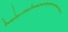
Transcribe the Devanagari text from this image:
ग्यिग्य्र्७ऐइ७५ख्फ्त्७दित्र्क्य्फ्फ्र्य्र्क्च्त्क्दुत्फ्दुय्फ्य्फुत्फ्द्ग्फ्त्५त्च्तुद्७फुत्दु५ए